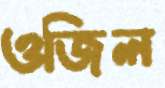
ওজিল